Insane asylums in Bengal annual reports 1876-1887 - 1876-1887
Year: 1876
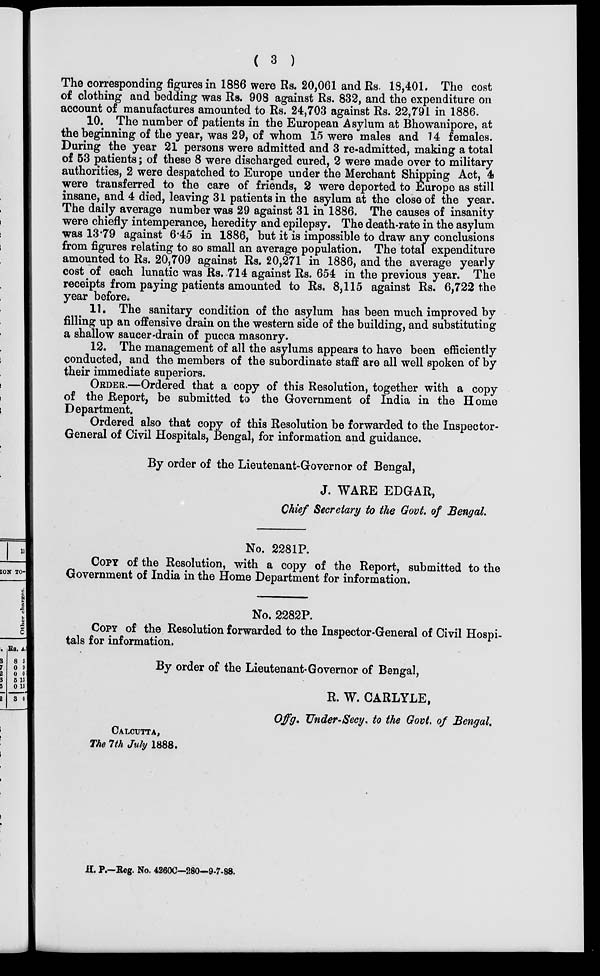
( 3 )
The corresponding figures in 1886 were Rs. 20,061 and Rs. 18,401. The cost
of clothing and bedding was Rs. 908 against Rs. 832, and the expenditure on
account of manufactures amounted to Rs. 24,703 against Rs. 22,791 in 1886.
10. The number of patients in the European Asylum at Bhowanipore, at
the beginning of the year, was 29, of whom 15 were males and 14 females.
During the year 21 persons were admitted and 3 re-admitted, making a total
of 53 patients; of these 8 were discharged cured, 2 were made over to military
authorities, 2 were despatched to Europe under the Merchant Shipping Act, 4
were transferred to the care of friends, 2 were deported to Europe as still
insane, and 4 died, leaving 31 patients in the asylum at the close of the year.
The daily average number was 29 against 31 in 1886. The causes of insanity
were chiefly intemperance, heredity and epilepsy. The death-rate in the asylum
was 13.79 against 6.45 in 1886, but it is impossible to draw any conclusions
from figures relating to so small an average population. The total expenditure
amounted to Rs. 20,709 against Rs. 20,271 in 1886, and the average yearly
cost of each lunatic was Rs. 714 against Rs. 654 in the previous year. The
receipts from paying patients amounted to Rs. 8,115 against Rs. 6,722 the
year before.
11. The sanitary condition of the asylum has been much improved by
filling up an offensive drain on the western side of the building, and substituting
a shallow saucer-drain of pucca masonry.
12. The management of all the asylums appears to have been efficiently
conducted, and the members of the subordinate staff are all well spoken of by
their immediate superiors.
ORDER.—Ordered that a copy of this Resolution, together with a copy
of the Report, be submitted to the Government of India in the Home
Department.
Ordered also that copy of this Resolution be forwarded to the Inspector-
General of Civil Hospitals, Bengal, for information and guidance.
By order of the Lieutenant-Governor of Bengal,
J. WARE EDGAR,
Chief Secretary to the Govt. of Bengal.
No. 2281P.
COPY of the Resolution, with a copy of the Report, submitted to the
Government of India in the Home Department for information.
No. 2282P.
COPY of the Resolution forwarded to the Inspector-General of Civil Hospi-
tals for information.
By order of the Lieutenant-Governor of Bengal,
R. W. CARLYLE,
Offg. Under-Secy. to the Govt. of Bengal.
CALCUTTA,
The 7th July 1888.
H. P.—Reg. No. 4260C—280—9-7-88.